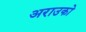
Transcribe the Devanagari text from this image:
अराउको